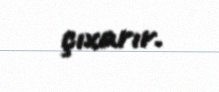
çıxarır.